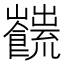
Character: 𩟜